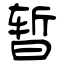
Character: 暂